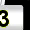
Digit: 3